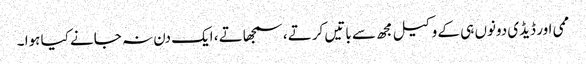
ممی اور ڈیڈی دونوں ہی کے وکیل مجھ سے باتیں کرتے ، سمجھاتے ، ایک دن نہ جانے کیا ہوا ۔